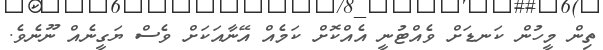
ތިން މީހުން ކަނޑަށް ވެއްޓުނީ އެއްކޮށް ކަމެއް އޭނާއަކަށް ވެސް ޔަގީނެއް ނޫނެވެ.